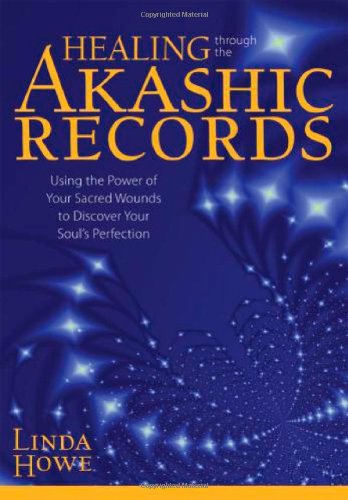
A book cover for Healing Through the Akashic Records: Using the Power of Your Sacred Wounds to Discover Your Soul's Perfection; Linda Howe; Computers & Technology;